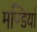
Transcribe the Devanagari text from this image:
मण्डियाँ